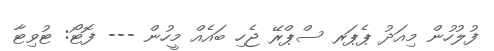
ފުލުހުން މިއަދު ޕެޕަރ ސްޕްރޭ ޖެހި ބައެއް މީހުން --- ފޮޓޯ: ޓުވިޓާ